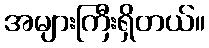
အများကြီးရှိတယ်။